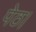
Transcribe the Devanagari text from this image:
पेठ।